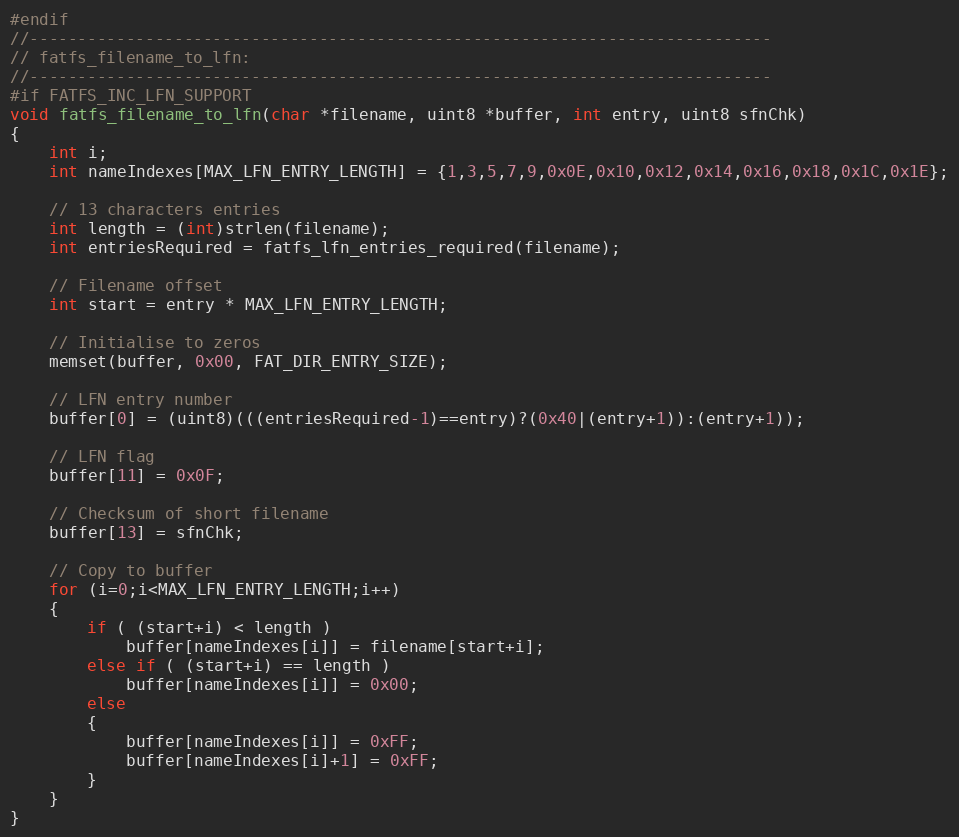
Language: C
#endif
//-----------------------------------------------------------------------------
// fatfs_filename_to_lfn:
//-----------------------------------------------------------------------------
#if FATFS_INC_LFN_SUPPORT
void fatfs_filename_to_lfn(char *filename, uint8 *buffer, int entry, uint8 sfnChk)
{
    int i;
    int nameIndexes[MAX_LFN_ENTRY_LENGTH] = {1,3,5,7,9,0x0E,0x10,0x12,0x14,0x16,0x18,0x1C,0x1E};

    // 13 characters entries
    int length = (int)strlen(filename);
    int entriesRequired = fatfs_lfn_entries_required(filename);

    // Filename offset
    int start = entry * MAX_LFN_ENTRY_LENGTH;

    // Initialise to zeros
    memset(buffer, 0x00, FAT_DIR_ENTRY_SIZE);

    // LFN entry number
    buffer[0] = (uint8)(((entriesRequired-1)==entry)?(0x40|(entry+1)):(entry+1));

    // LFN flag
    buffer[11] = 0x0F;

    // Checksum of short filename
    buffer[13] = sfnChk;

    // Copy to buffer
    for (i=0;i<MAX_LFN_ENTRY_LENGTH;i++)
    {
        if ( (start+i) < length )
            buffer[nameIndexes[i]] = filename[start+i];
        else if ( (start+i) == length )
            buffer[nameIndexes[i]] = 0x00;
        else
        {
            buffer[nameIndexes[i]] = 0xFF;
            buffer[nameIndexes[i]+1] = 0xFF;
        }
    }
}